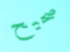
صحيح